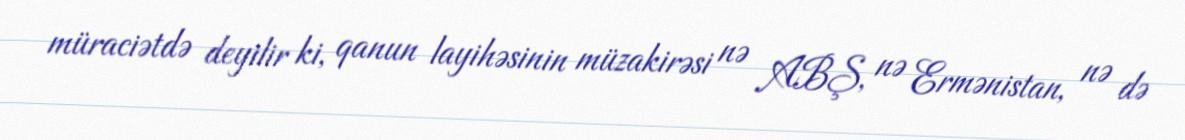
müraciətdə deyilir ki, qanun layihəsinin müzakirəsi nə ABŞ, nə Ermənistan, nə də